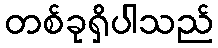
တစ်ခုရှိပါသည်